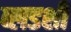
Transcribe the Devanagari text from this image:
ब्लडशी